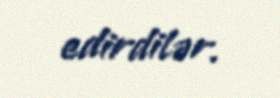
edirdilər.